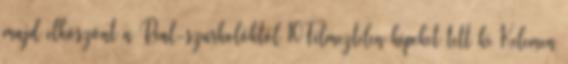
majd elköszönt a Real-szurkolóktól 10Félmeztelen képeket tett ki Kelemen